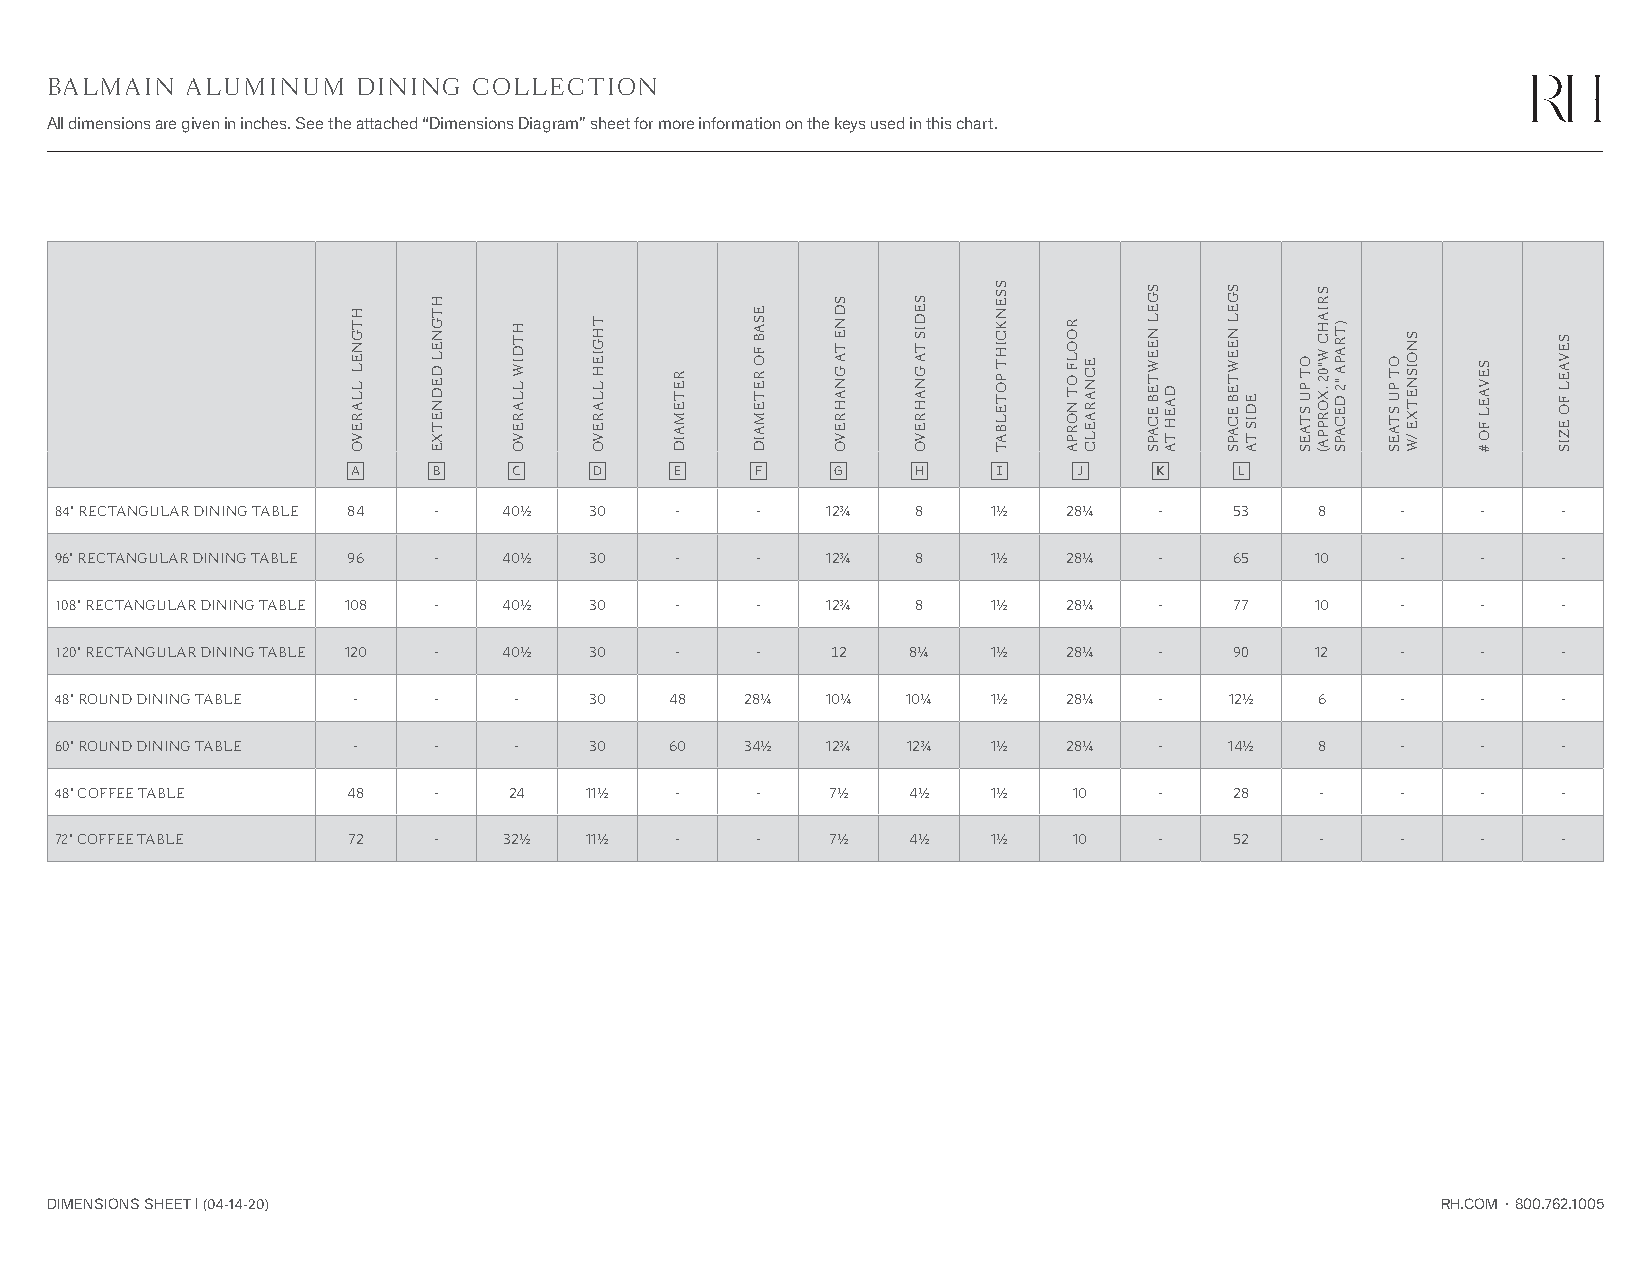
BALMAIN  ALUMINUM    DINING COLLECTION
 All dimensions are given in inches. See the attached “Dimensions Diagram” sheet for more information on the keys used in this chart.
 a    b     c    d    e    f     g    h    i     j    k    l
 84" RECTANGULAR DINING TABLE 84 - 40K 30 -    -    12O   8    1K   28N   -    53   8     -    -    -
 96" RECTANGULAR DINING TABLE 96 - 40K 30 -    -    12O   8    1K   28N   -    65   10    -    -    -
 108" RECTANGULAR DINING TABLE 108 - 40K 30 -  -    12O   8    1K   28N   -    77   10    -    -    -
 120" RECTANGULAR DINING TABLE 120 - 40K 30 -  -    12   8N    1K   28N   -    90   12    -    -    -
 48" ROUND DINING TABLE - -    -    30   48   28N   10N  10N   1K   28N   -   12K   6     -    -    -
 60" ROUND DINING TABLE - -    -    30   60   34K   12O  12O   1K   28N   -   14K   8     -    -    -
 48" COFFEE TABLE   48    -    24   11K   -    -    7K   4K    1K   10    -    28   -     -    -    -
 72" COFFEE TABLE   72    -   32K   11K   -    -    7K   4K    1K   10    -    52   -     -    -    -
 DIMENSIONS SHEET | (04-14-20)                                                               RH.COM • 800.762.1005
 HTGNEL
 LLAREVO
 HTGNEL
 DEDNETXE
 HTDIW
 LLAREVO
 THGIEH
 LLAREVO RETEMAID
 ESAB
 FO
 RETEMAID
 SDNE
 TA
 GNAHREVO
 SEDIS
 TA
 GNAHREVO
 SSENKCIHT
 POTELBAT
 ROOLF
 OT
 NORPA
 ECNARAELC
 SGEL
 NEEWTEB
 ECAPS
 DAEH
 TA
 SGEL
 NEEWTEB
 ECAPS EDIS
 TA
 OT PU
 STAES
 SRIAHC
 W"02
 .XORPPA(
 )TRAPA
 "2
 DECAPS
 OT PU
 STAES
 SNOISNETXE
 /W
 SEVAEL
 FO
 #
 SEVAEL
 FO
 EZIS